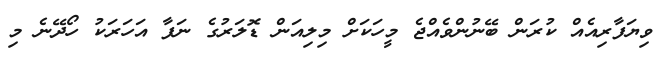
ވިޔަފާރިއެއް ކުރަން ބޭނުންވެއްޖެ މީހަކަށް މިލިއަން ޑޮލަރުގެ ނަފާ އަހަރަކު ހޯދޭނެ މި